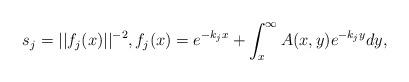
LaTeX: \begin{align*}s_j = ||f_j(x)||^{-2}, f_j(x) = e^{-k_jx} + \int_x^\infty A(x,y)e^{-k_jy}dy,\end{align*}